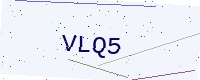
Text: VLQ5